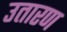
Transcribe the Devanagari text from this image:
उतारण